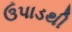
ઉપાડથી